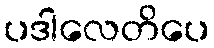
ပဒါလေတိပေ